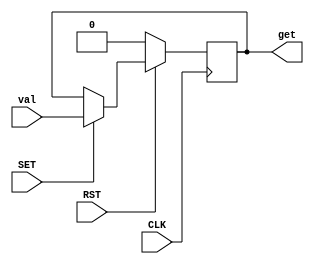

`ifdef BSV_ASSIGNMENT_DELAY
`else
  `define BSV_ASSIGNMENT_DELAY
`endif

`ifdef BSV_POSITIVE_RESET
  `define BSV_RESET_VALUE 1'b1
  `define BSV_RESET_EDGE posedge
`else
  `define BSV_RESET_VALUE 1'b0
  `define BSV_RESET_EDGE negedge
`endif



module McpRegUN(CLK, RST, SET, val, get);
   parameter width = 1;
   parameter delay = 0;

   input     CLK;
   input     RST;
   input     SET;
   input [width - 1 : 0] val;
   output [width - 1 : 0] get;

   reg [width - 1 : 0]    get;

`ifdef DC
`else
   wire [width - 1 : 0]   #delay delayed_val = val;
   wire [width - 1 : 0]   output_val = (val === delayed_val ? val : {width{1'bx}});
`endif

   always@(posedge CLK /* or `BSV_RESET_EDGE RST */)
     begin
        if (RST == `BSV_RESET_VALUE)
          begin
             get <= `BSV_ASSIGNMENT_DELAY {((width + 1)/2){2'b10}} ;
          end
        else begin
           if (SET)
             begin
`ifdef DC
                get <= `BSV_ASSIGNMENT_DELAY val;
`else
                get <= `BSV_ASSIGNMENT_DELAY output_val;
`endif
             end // if (SET)
        end // else: !if(RST == `BSV_RESET_VALUE)
     end // always@ (posedge CLK or `BSV_RESET_EDGE RST)


`ifdef BSV_NO_INITIAL_BLOCKS
`else // not BSV_NO_INITIAL_BLOCKS
   // synopsys translate_off
   initial begin
      get = {((width + 1)/2){2'b10}} ;
   end
   // synopsys translate_on
`endif // BSV_NO_INITIAL_BLOCKS

endmodule